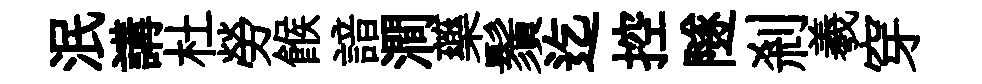
泯講杜勞餱諳澗藥鬚迄控隧剎羲穿